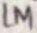
Text: 1M